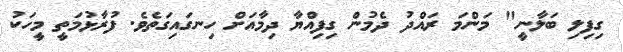
ގިފިލި ބަލާނީ" މަންމަ ރައްދު ދެމުން ގިފިއްޔާ ދިމާއަށް ހިނގައިގަތެވެ. ފުރާޅުމަތީ މީހަކު